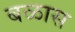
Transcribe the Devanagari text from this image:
बळास